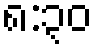
၈:၃၀